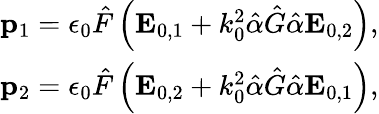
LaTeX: \begin{array}{r}{\mathbf p_{1}=\epsilon_{0}\hat{F}\left(\mathbf E_{0,1}+k_{0}^{2}\hat{\alpha}\hat{G}\hat{\alpha}\mathbf E_{0,2}\right),}\\ {\mathbf p_{2}=\epsilon_{0}\hat{F}\left(\mathbf E_{0,2}+k_{0}^{2}\hat{\alpha}\hat{G}\hat{\alpha}\mathbf E_{0,1}\right),}\end{array}